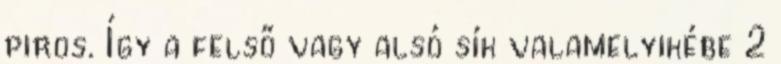
piros. Így a felső vagy alsó sík valamelyikébe 2